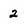
Character: 2